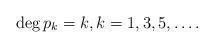
LaTeX: \begin{gather*}\deg p_{k}=k, k=1,3,5,\dots.\end{gather*}